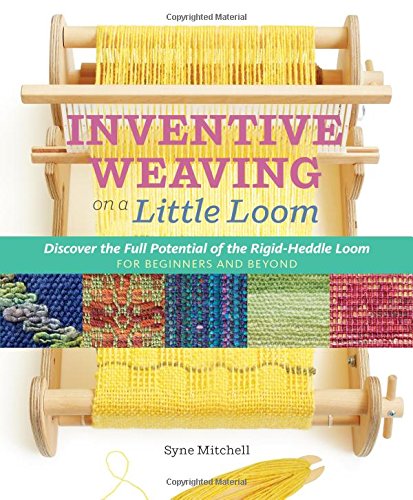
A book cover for Inventive Weaving on a Little Loom: Discover the Full Potential of the Rigid-Heddle Loom, for Beginners and Beyond; Syne Mitchell; Crafts, Hobbies & Home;